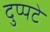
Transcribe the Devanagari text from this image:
दुप्पटे